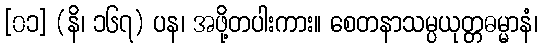
[၀၁] (နိ၊ ၁၆၇) ပန၊ အဖို့တပါးကား။ စေတနာသမ္ပယုတ္တဓမ္မာနံ၊